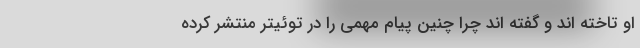
او تاخته اند و گفته اند چرا چنین پیام مهمی را در توئیتر منتشر کرده